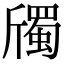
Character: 斶